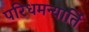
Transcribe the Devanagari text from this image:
परिधमन्यार्ति